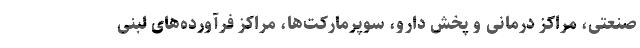
صنعتی، مراکز درمانی و پخش دارو، سوپرمارکت‌ها، مراکز فرآورده‌های لبنی